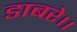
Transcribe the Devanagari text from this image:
डाबरे।।